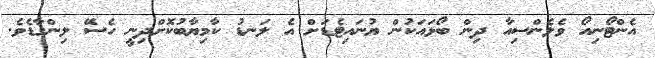
އެންޓޯނިއޯ ވެލެންސިއާ ދިން ބޯޅައަކުން ޔުނައިޓެޑަށް އެ ލަނޑު ކާމިޔާބުކޮށްދިނީ ހެސޭ ލިންގާޑެވެ.